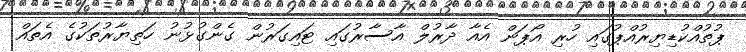
ޕުތުއްކުޑިޔިރުއްޕުގައި ހުރިި އޯޕަން އެއާ ދާރުލް އާސާރުގައި ޓައިގަރުން ގެންގުޅުނު ހަތިޔާރުތަކުގެ އެތައް